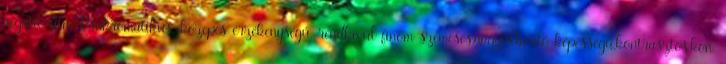
negatív film Pánkromatikus, közepes érzékenységű, rendkívül finom szemcsés,nagyfelbontó képességű,kontrasztos,kon.